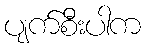
ပျက်စီးပါက